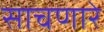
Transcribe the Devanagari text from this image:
साचणारे